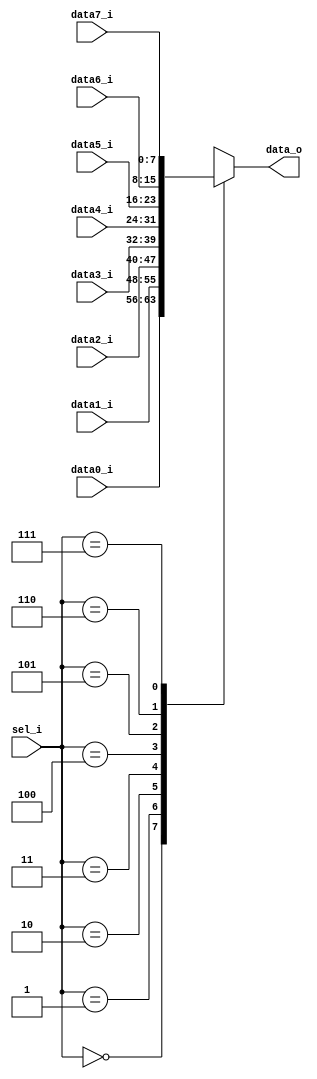
/***************************************************************************
 *                                                                         *
 *   mux8to1.v - A simple MUX with a bus-width which can be set using a    *
 *     `defparam' statement.                                               *
 *                                                                         *
 *   Copyright (C) 2006 by Patrick Suggate                                 *
 *   patrick@physics.otago.ac.nz                                           *
 *                                                                         *
 *   This program is free software; you can redistribute it and/or modify  *
 *   it under the terms of the GNU General Public License as published by  *
 *   the Free Software Foundation; either version 2 of the License, or     *
 *   (at your option) any later version.                                   *
 *                                                                         *
 *   This program is distributed in the hope that it will be useful,       *
 *   but WITHOUT ANY WARRANTY; without even the implied warranty of        *
 *   MERCHANTABILITY or FITNESS FOR A PARTICULAR PURPOSE.  See the         *
 *   GNU General Public License for more details.                          *
 *                                                                         *
 *   You should have received a copy of the GNU General Public License     *
 *   along with this program; if not, write to the                         *
 *   Free Software Foundation, Inc.,                                       *
 *   59 Temple Place - Suite 330, Boston, MA  02111-1307, USA.             *
 ***************************************************************************/

`timescale 1ns/100ps
module mux8to1 (
		sel_i,
		
		data0_i,
		data1_i,
		data2_i,
		data3_i,
		data4_i,
		data5_i,
		data6_i,
		data7_i,
		
		data_o
	);
	
	parameter	WIDTH	= 8;
	
//	This doesn't work with Icarus Verilog's preprocessor (if it has one)?
//`define	MUX_DATA_MSB	WIDTH - 1
	
	input	[2:0]	sel_i;
	
	input	[WIDTH-1:0]	data0_i;
	input	[WIDTH-1:0]	data1_i;
	input	[WIDTH-1:0]	data2_i;
	input	[WIDTH-1:0]	data3_i;
	input	[WIDTH-1:0]	data4_i;
	input	[WIDTH-1:0]	data5_i;
	input	[WIDTH-1:0]	data6_i;
	input	[WIDTH-1:0]	data7_i;
	
	output	reg	[WIDTH-1:0]	data_o;
	
	always @(sel_i, data0_i, data1_i, data2_i, data3_i, data4_i, data5_i, data6_i, data7_i)
	begin
		case (sel_i)
			3'b000:	data_o	<= data0_i;
			3'b001:	data_o	<= data1_i;
			3'b010:	data_o	<= data2_i;
			3'b011:	data_o	<= data3_i;
			3'b100:	data_o	<= data4_i;
			3'b101:	data_o	<= data5_i;
			3'b110:	data_o	<= data6_i;
			3'b111:	data_o	<= data7_i;
		endcase
	end
	
endmodule	//	mux8to1